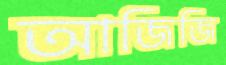
আজিজি